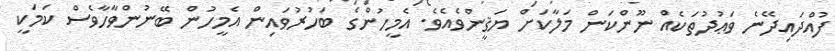
ފުއްދައިދޭނެ ވަޢުދުތަކެއް ނޫންކަން މަލާކަށް ޔަޤީންވެއެވެ. އެމީހުންގެ ބަހުރުވައިން އެމީހުން ބޭނުންވާހާވެސް ކަމަކީ